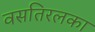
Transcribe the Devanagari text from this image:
वसतिरलका